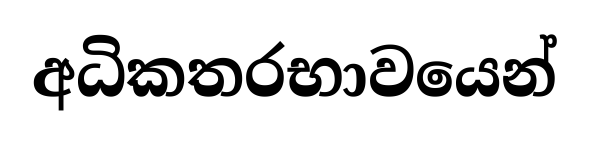
අධිකතරභාවයෙන්